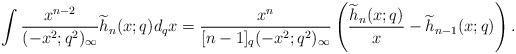
LaTeX: \begin{align*} &\int \frac{x^{n-2}}{(-x^2;q^2)_\infty} \widetilde{h}_n(x;q) d_qx = \dfrac{x^n}{[n-1]_q(-x^2;q^2)_\infty} \left( \frac{\widetilde{h}_n(x;q)}{x}- \widetilde{h}_{n-1}(x;q)\right). \end{align*}